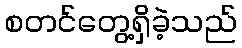
စတင်တွေ့ရှိခဲ့သည်